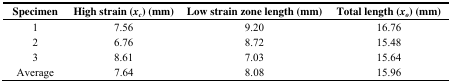
| Specimen | High strain (xc) (mm) | Low strain zone length (mm) | Total length (xo) (mm) |
 | --- | --- | --- | --- |
 | 1 | 7.56 | 9.20 | 16.76 |
 | 2 | 6.76 | 8.72 | 15.48 |
 | 3 | 8.61 | 7.03 | 15.64 |
 | Average | 7.64 | 8.08 | 15.96 |